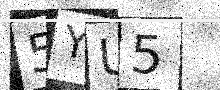
Text: 5YU5